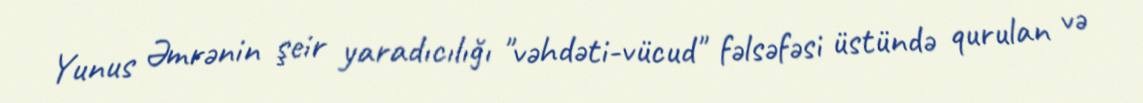
Yunus Əmrənin şeir yaradıcılığı "vəhdəti-vücud" fəlsəfəsi üstündə qurulan və